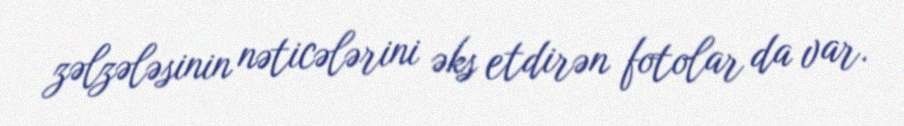
zəlzələsinin nəticələrini əks etdirən fotolar da var.